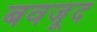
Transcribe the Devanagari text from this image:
बवजूद